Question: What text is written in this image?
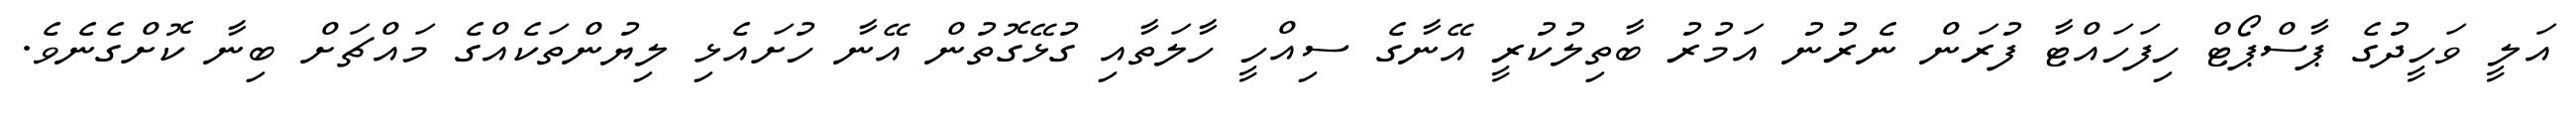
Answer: އަލީ ވަހީދުގެ ޕާސްޕޯޓް ހިފަހައްޓާ ފުރަން ނެރުނު އަމުރު ބާތިލުކުރީ އޭނާގެ ސިއްހީ ހާލަތާއި ގުޅޭގޮތުން އޭނާ ހުށައެޅި ލިޔުންތަކެއްގެ މައްޗަށް ބިނާ ކޮށްގެނެވެ.